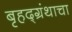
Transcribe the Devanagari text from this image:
बृहद्ग्रंथाचा